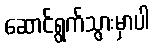
ဆောင်ရွက်သွားမှာပါ